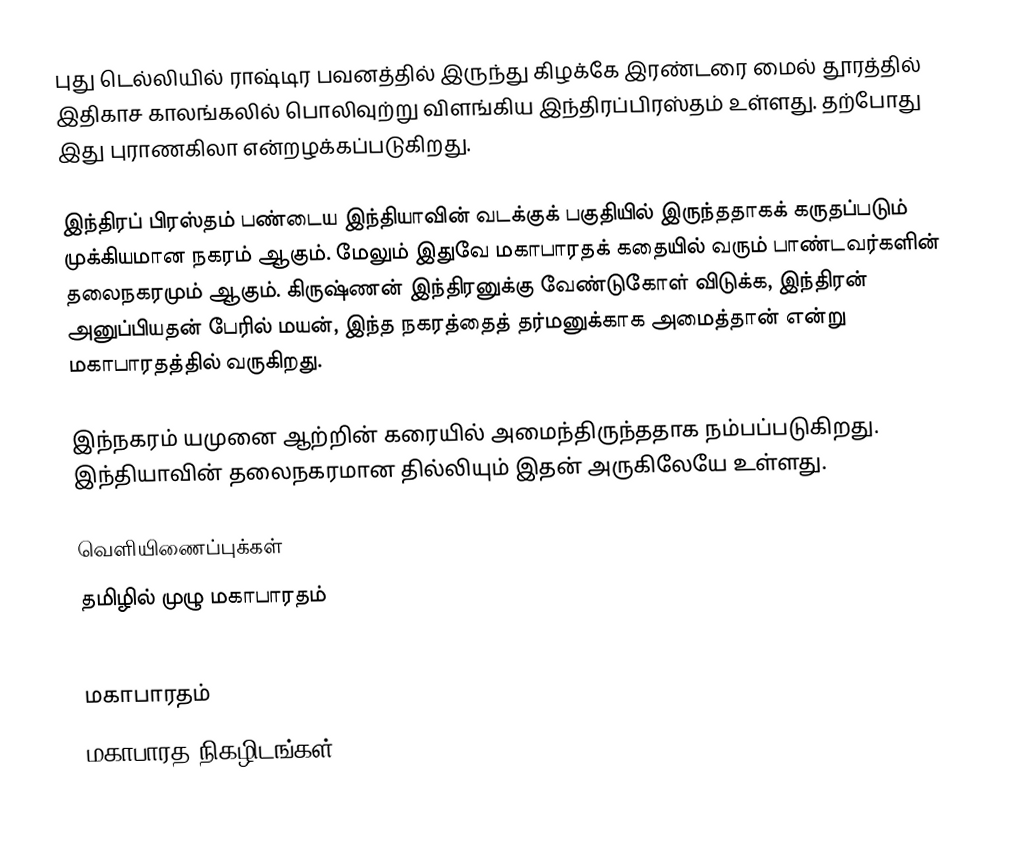
புது டெல்லியில் ராஷ்டிர பவனத்தில் இருந்து கிழக்கே இரண்டரை மைல் தூரத்தில் இதிகாச காலங்கலில் பொலிவுற்று விளங்கிய இந்திரப்பிரஸ்தம் உள்ளது. தற்போது இது புராணகிலா என்றழக்கப்படுகிறது.

இந்திரப் பிரஸ்தம் பண்டைய இந்தியாவின் வடக்குக் பகுதியில் இருந்ததாகக் கருதப்படும் முக்கியமான நகரம் ஆகும். மேலும் இதுவே மகாபாரதக் கதையில் வரும் பாண்டவர்களின் தலைநகரமும் ஆகும். கிருஷ்ணன் இந்திரனுக்கு வேண்டுகோள் விடுக்க, இந்திரன் அனுப்பியதன் பேரில் மயன், இந்த நகரத்தைத்  தர்மனுக்காக அமைத்தான் என்று மகாபாரதத்தில் வருகிறது.

இந்நகரம் யமுனை ஆற்றின் கரையில் அமைந்திருந்ததாக நம்பப்படுகிறது. இந்தியாவின் தலைநகரமான தில்லியும் இதன் அருகிலேயே உள்ளது.

வெளியிணைப்புக்கள்
 தமிழில் முழு மகாபாரதம்

மகாபாரதம்
மகாபாரத நிகழிடங்கள்